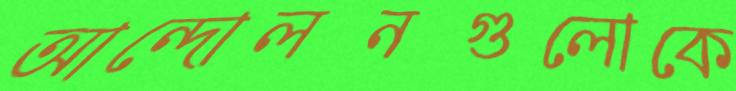
আন্দোলনগুলোকে